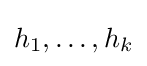
{\textstyle h_{1},\dots ,h_{k}}